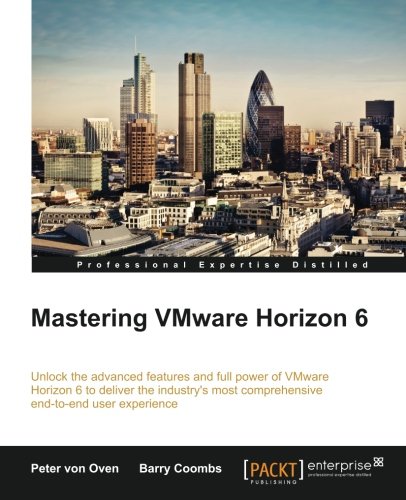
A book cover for Mastering VMware Horizon 6; Peter von Oven; Computers & Technology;